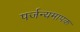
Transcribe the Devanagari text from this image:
पर्जन्यमापक